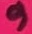
Text: 9